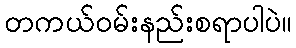
တကယ်ဝမ်းနည်းစရာပါပဲ။